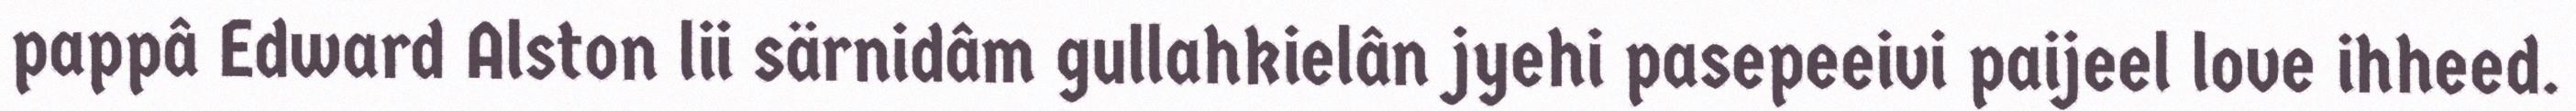
pappâ Edward Alston lii särnidâm gullahkielân jyehi pasepeeivi paijeel love ihheed.